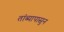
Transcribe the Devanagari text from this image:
तांब्यापासुन